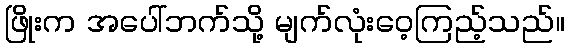
ဖြိုးက အပေါ်ဘက်သို့ မျက်လုံးဝေ့ကြည့်သည်။